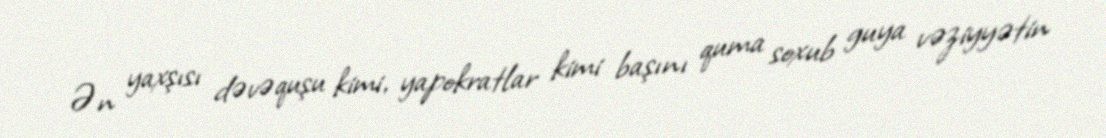
Ən yaxşısı dəvəquşu kimi, yapokratlar kimi başını quma soxub guya vəziyyətin